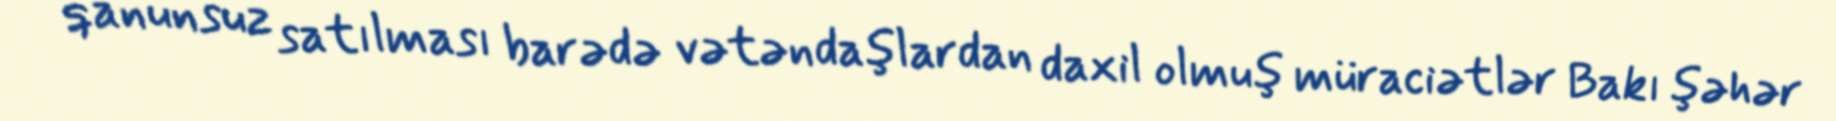
qanunsuz satılması barədə vətəndaşlardan daxil olmuş müraciətlər Bakı şəhər